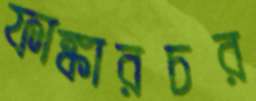
ফাঙ্কারচর